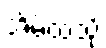
အိမ်ထဲသို့